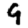
Digit: 9